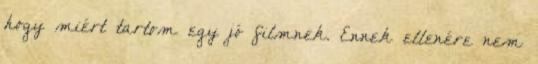
hogy miért tartom egy jó filmnek. Ennek ellenére nem